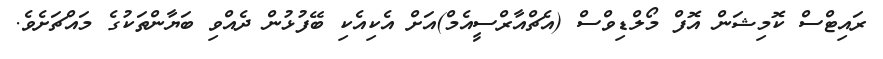
ރައިޓްސް ކޮމިޝަން އޮފް މޯލްޑިވްސް (އެޗްއާރްސީއެމް)އަށް އެކިއެކި ބޭފުޅުން ދެއްވި ބަޔާންތަކުގެ މައްޗަށެވެ.